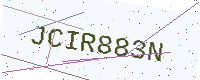
Text: JCIR883N